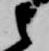
衛